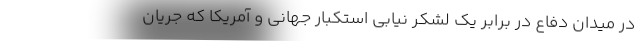
در میدان دفاع در برابر یک لشکر نیابی استکبار جهانی و آمریکا که جریان